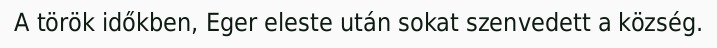
A török időkben, Eger eleste után sokat szenvedett a község.